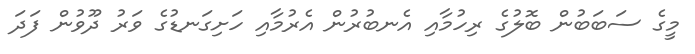
މީގެ ސަބަބުން ބޮލުގެ ރިހުމާއި އެނބުރުން އެރުމާއި ހަށިގަނޑުގެ ވަރު ދޫވުން ފަދަ